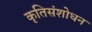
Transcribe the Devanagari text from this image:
कृतिसंशोधन